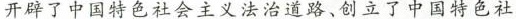
开辟了中国特色社会主义法治道路、创立了中国特色社